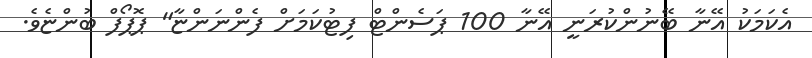
އެކަމަކު އޭނާ ބޭނުންކުރަނީ އޭނާ 100 ޕަސެންޓް ފިޓުކަމަށް ފެންނަންޏާ" ޕޮޕޯފް ބުންޏެވެ.